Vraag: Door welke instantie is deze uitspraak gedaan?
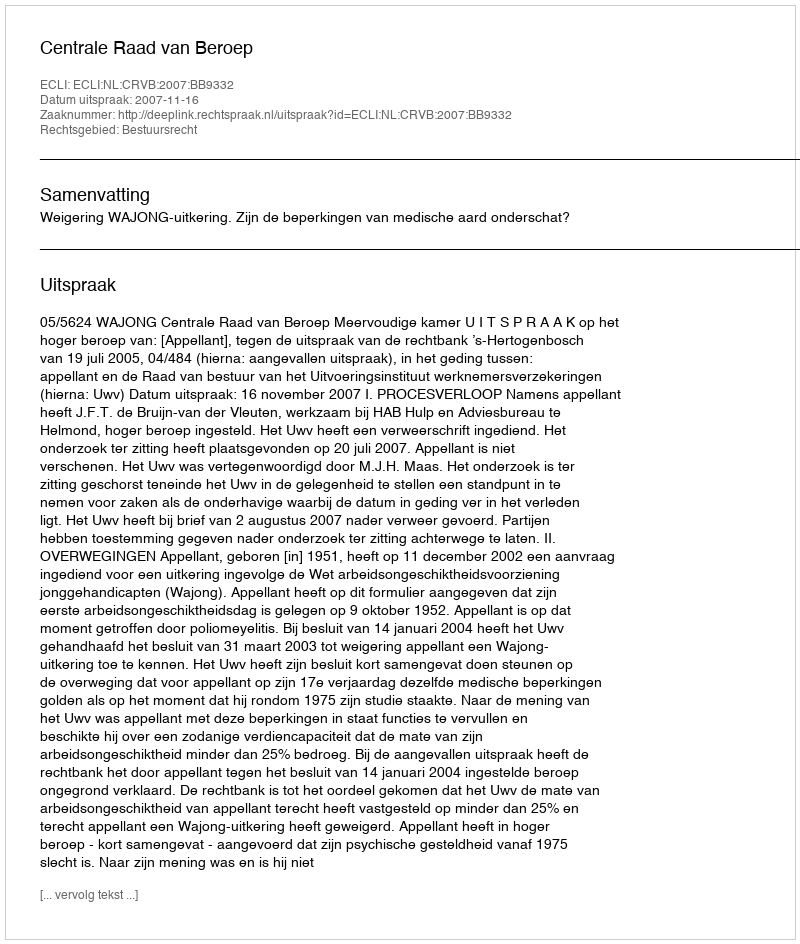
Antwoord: Centrale Raad van Beroep